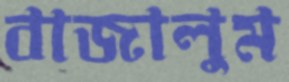
বাজালুম